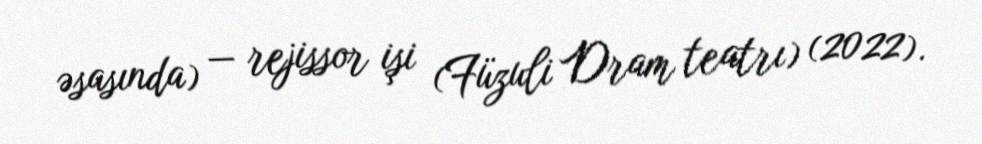
əsasında) — rejissor işi (Füzuli Dram teatrı) (2022).